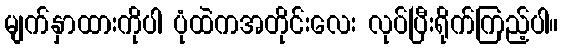
မျက်နှာထားကိုပါ ပုံထဲကအတိုင်းလေး လုပ်ပြီးရိုက်ကြည့်ပါ။